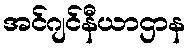
အင်ဂျင်နီယာဌာန